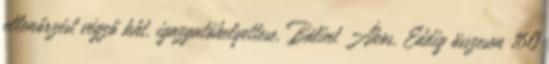
ellenőrzést végző kht. igazgatóhelyettese, Bálint Ákos. Eddig összesen 160